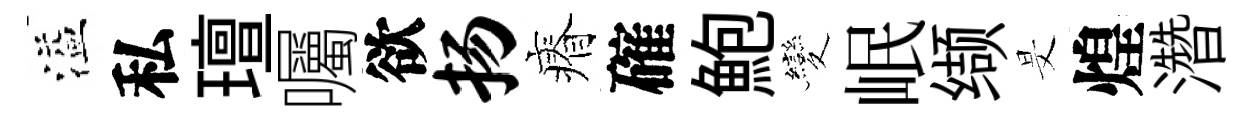
溢私璮囑欲扬瘠確鮑變岷缬旻煌濳